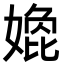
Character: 嫓